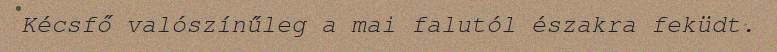
Kécsfő valószínűleg a mai falutól északra feküdt.